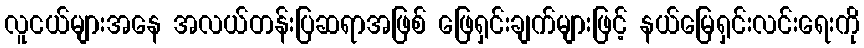
လူငယ်များအနေ အလယ်တန်းပြဆရာအဖြစ် ဖြေရှင်းချက်များဖြင့် နယ်မြေရှင်းလင်းရေးကို